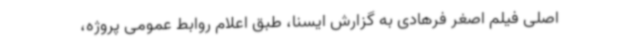
اصلی فیلم اصغر فرهادی به گزارش ایسنا، طبق اعلام روابط عمومی پروژه،